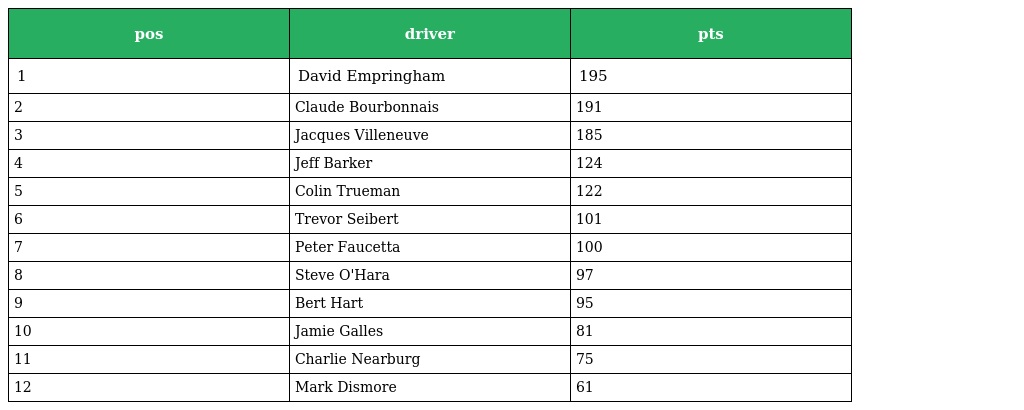
| pos | driver | pts |
 | --- | --- | --- |
 | 1 | David Empringham | 195 |
 | 2 | Claude Bourbonnais | 191 |
 | 3 | Jacques Villeneuve | 185 |
 | 4 | Jeff Barker | 124 |
 | 5 | Colin Trueman | 122 |
 | 6 | Trevor Seibert | 101 |
 | 7 | Peter Faucetta | 100 |
 | 8 | Steve O'Hara | 97 |
 | 9 | Bert Hart | 95 |
 | 10 | Jamie Galles | 81 |
 | 11 | Charlie Nearburg | 75 |
 | 12 | Mark Dismore | 61 |